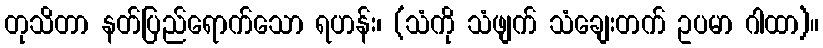
တုသိတာ နတ်ပြည်ရောက်သော ရဟန်း၊ (သံကို သံဖျက် သံချေးတက် ဥပမာ ဂါထာ)။